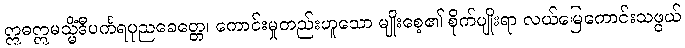
ဣဓဣမသ္မိံဒီပင်္ကရပုညခေတ္တေ၊ ကောင်းမှုတည်းဟူသော မျိုးစေ့၏ စိုက်ပျိုးရာ လယ်မြေကောင်းသဖွယ်